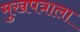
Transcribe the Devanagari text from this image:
मुखपत्राला